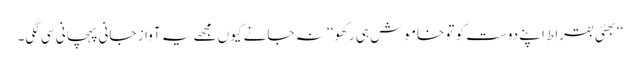
‘‘بھئی بقراط اپنے دوست کو تو خاموش ہی رکھو‘‘ نہ جانے کیوں مجھے یہ آواز جانی پہچانی سی لگی۔